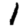
Digit: 1